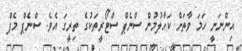
އިންނަނީ ހަމަ ވާތަށް ކަހާލުމުން ސްނެޕް ސްޓޯރީތަކުގެ ތިރީގަ އެވެ. ސްނެޕް މެޕް